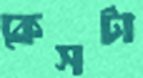
কেসটা